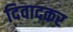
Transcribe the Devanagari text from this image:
दिवादकर